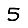
Digit: 5